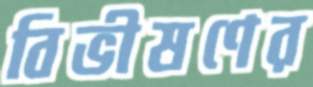
বিভীষণের